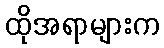
ထိုအရာများက